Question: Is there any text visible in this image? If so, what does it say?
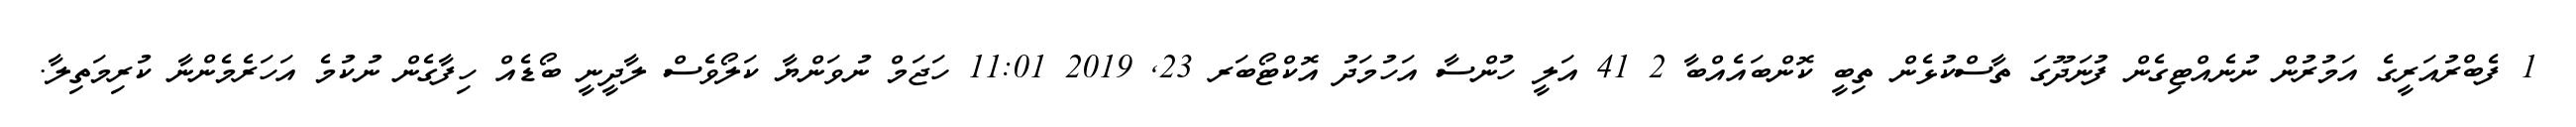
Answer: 1 ފެބްރުއަރީގެ އަމުރުން ނުނެއްޓިގެން ފުނަދޫގަ ތާސްކުޅެން ތިބީ ކޮންބައެއްބާ 2 41 އަލީ ހުންސާ އަހުމަދު އޮކްޓޯބަރ 23, 2019 11:01 ހަޖަމް ނުވަންޔާ ކަލޯވެސް ލާދީނީ ބޯޑެއް ހިފާގެން ނުކުމެ އަހަރެމެންނާ ކުރިމަތިލާ.